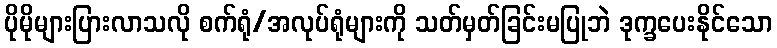
ပိုမိုများပြားလာသလို စက်ရုံ/အလုပ်ရုံများကို သတ်မှတ်ခြင်းမပြုဘဲ ဒုက္ခပေးနိုင်သော